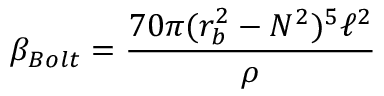
\beta _ { B o l t } = \frac { 7 0 \pi ( r _ { b } ^ { 2 } - N ^ { 2 } ) ^ { 5 } \ell ^ { 2 } } { \rho }